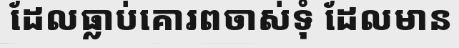
ដែលធ្លាប់គោរពចាស់ទុំ ដែលមាន